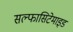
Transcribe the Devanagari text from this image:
सल्फासिटेमाइड